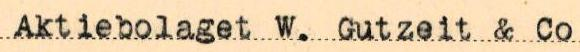
Aktiebolaget W. Gutzeit & Co